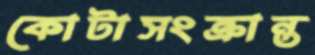
কোটাসংক্রান্ত